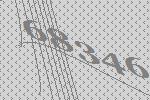
68346